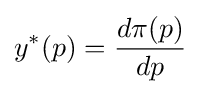
y^{*}(p)={\frac {d\pi (p)}{dp}}